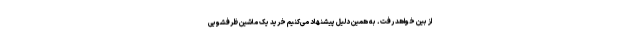
از بین خواهد رفت. به همین دلیل پیشنهاد می‌کنیم خرید یک ماشین ظرفشویی